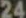
24